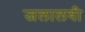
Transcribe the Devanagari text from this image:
जलालवी